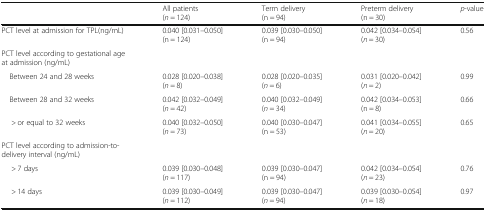
<table><thead><tr><td></td><td><b>All patients(<i>n</i> = 124)</b></td><td><b>Term delivery (n = 94)</b></td><td><b>Preterm delivery (n = 30)</b></td><td><b><i>p</i>-value</b></td></tr></thead><tbody><tr><td>PCT level at admission for TPL(ng/mL)</td><td>0.040 [0.031–0.050](n = 124)</td><td>0.039 [0.030–0.050](n = 94)</td><td>0.042 [0.034–0.054](<i>n</i> = 30)</td><td>0.56</td></tr><tr><td colspan="5">PCT level according to gestational age at admission (ng/mL)</td></tr><tr><td> Between 24 and 28 weeks</td><td>0.028 [0.020–0.038](<i>n</i> = 8)</td><td>0.028 [0.020–0.035](<i>n</i> = 6)</td><td>0.031 [0.020–0.042](<i>n</i> = 2)</td><td>0.99</td></tr><tr><td> Between 28 and 32 weeks</td><td>0.042 [0.032–0.049](<i>n</i> = 42)</td><td>0.040 [0.032–0.049](<i>n</i> = 34)</td><td>0.042 [0.034–0.053](n = 8)</td><td>0.66</td></tr><tr><td>&gt; or equal to 32 weeks</td><td>0.040 [0.032–0.050](<i>n</i> = 73)</td><td>0.040 [0.030–0.047](n = 53)</td><td>0.041 [0.034–0.055](<i>n</i> = 20)</td><td>0.65</td></tr><tr><td colspan="5">PCT level according to admission-to-delivery interval (ng/mL)</td></tr><tr><td>&gt; 7 days</td><td>0.039 [0.030–0.048](<i>n</i> = 117)</td><td>0.039 [0.030–0.047](n = 94)</td><td>0.042 [0.034–0.054](<i>n</i> = 23)</td><td>0.76</td></tr><tr><td>&gt; 14 days</td><td>0.039 [0.030–0.049](<i>n</i> = 112)</td><td>0.039 [0.030–0.047](<i>n</i> = 94)</td><td>0.039 [0.030–0.054](<i>n</i> = 18)</td><td>0.97</td></tr></tbody></table>